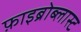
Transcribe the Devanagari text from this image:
फ़ाइब्रोब्लास्ट